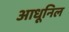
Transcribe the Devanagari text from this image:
आधूनिल